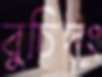
বুচিদং